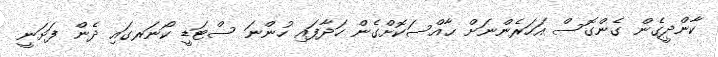
ކާންދީގެން ގެންގޮސް އަހަރެންނަށް ޙާއްސަކޮށްގެން ހަދާފައި ހުންނަ ސްޓަޑީ ކޯނަރގައި ދެން ފަށަނީ